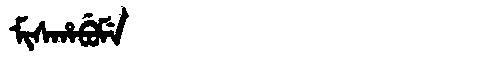
Manchu: ᠮᡳᠰᡥᠠᠪᡠᠮᡝ
Romanization: MISHABUME